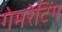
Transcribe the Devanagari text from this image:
गेमरेटिंग